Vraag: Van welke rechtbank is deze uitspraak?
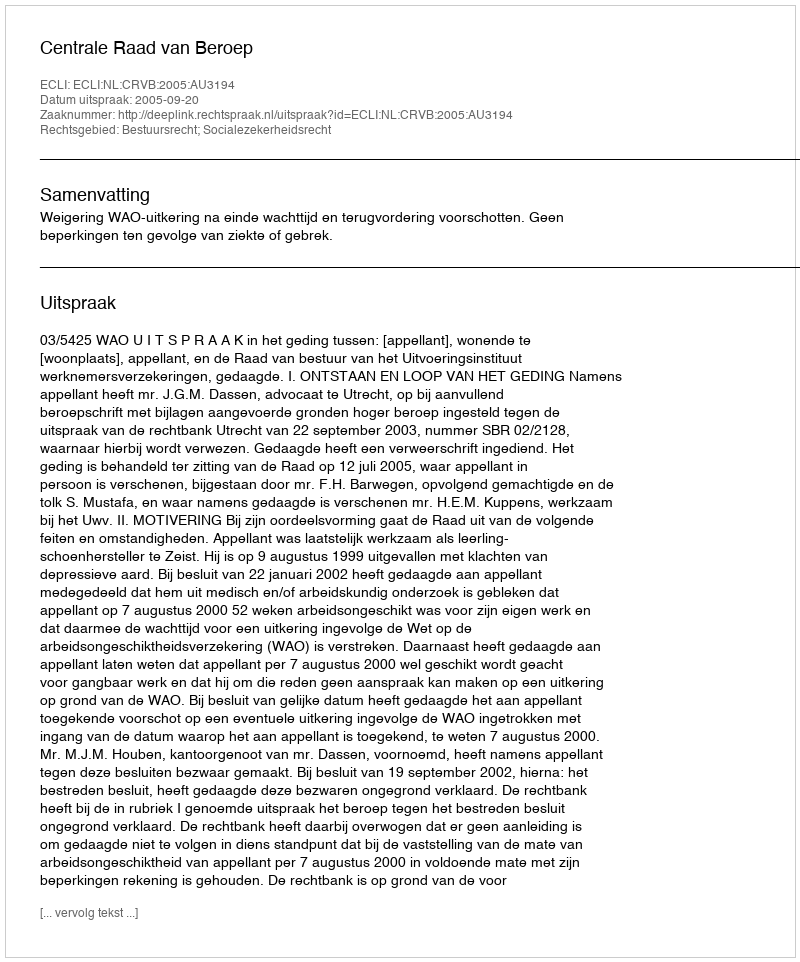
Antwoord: Centrale Raad van Beroep